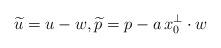
LaTeX: \begin{align*}\widetilde u=u-w, \widetilde p=p-a\,x_0^\perp\cdot w\end{align*}